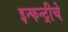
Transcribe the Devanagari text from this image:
इन्फन्ट्रीचे